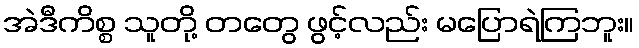
အဲဒီကိစ္စ သူတို့ တတွေ ဖွင့်လည်း မပြောရဲကြဘူး။